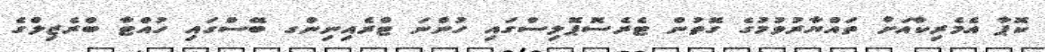
ކޮޕާ އެމެރިކާއަށް ތައްޔާރުވުމުގެ ގޮތުން ޓެރެސޮޕޮލިސްގައި ހުންނަ ޓްރެއިނިންގ ބޭސްގައި ހުއްޓާ ބްރެޒިލްގެ